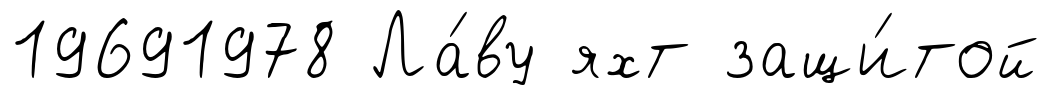
19691978 Ла́ву яхт защи́той